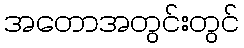
အတောအတွင်းတွင်